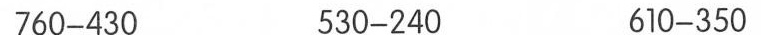
760-430 530-240 610-350